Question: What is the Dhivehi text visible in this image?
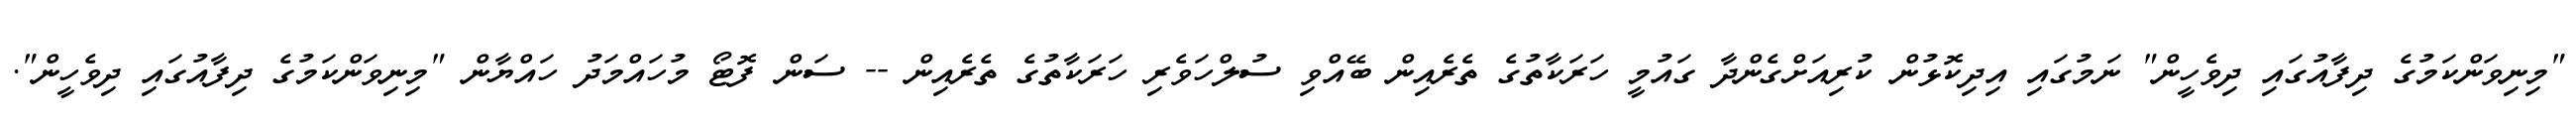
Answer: "މިނިވަންކަމުގެ ދިފާއުގައި ދިވެހީން" ނަމުގައި އިދިކޮޅުން ކުރިއަށްގެންދާ ގައުމީ ހަރަކާތުގެ ތެރެއިން ބޭއްވި ސުލްހަވެރި ހަރަކާތުގެ ތެރެއިން -- ސަން ފޮޓޯ މުހައްމަދު ހައްޔާން "މިނިވަންކަމުގެ ދިފާއުގައި ދިވެހީން".